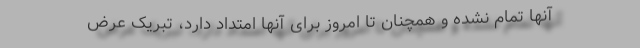
آنها تمام نشده و همچنان تا امروز برای آنها امتداد دارد، تبریک عرض